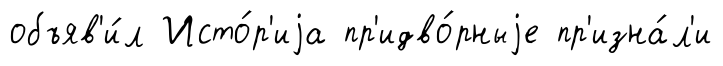
объяв'и́л Исто́р'иjа пр'идво́рныjе пр'изна́л'и